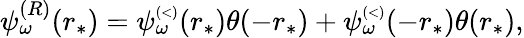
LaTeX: \begin{array}{r}{\psi_{\omega}^{(R)}(r_{*})=\psi_{\omega}^{\scriptscriptstyle(<)}(r_{*})\theta(-r_{*})+\psi_{\omega}^{\scriptscriptstyle(<)}(-r_{*})\theta(r_{*}),}\end{array}